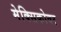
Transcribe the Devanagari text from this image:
मेक्सिकोवर